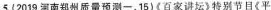
5.{2019河南郑州质量预测一，15)(百家讲坛》特别节目《平